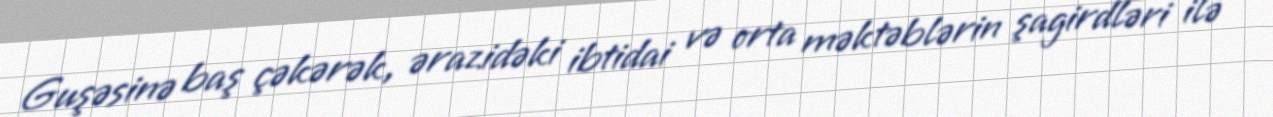
Guşəsinə baş çəkərək, ərazidəki ibtidai və orta məktəblərin şagirdləri ilə